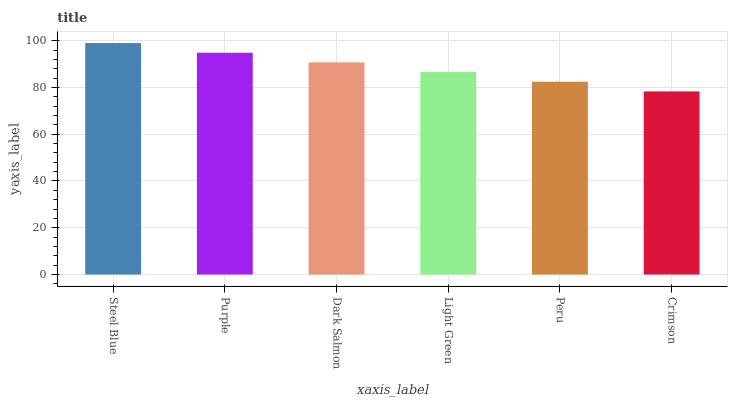
| xaxis_label | bars |
 | --- | --- |
 | Steel Blue | 99 |
 | Purple | 94.9 |
 | Dark Salmon | 90.7 |
 | Light Green | 86.6 |
 | Peru | 82.5 |
 | Crimson | 78.3 |